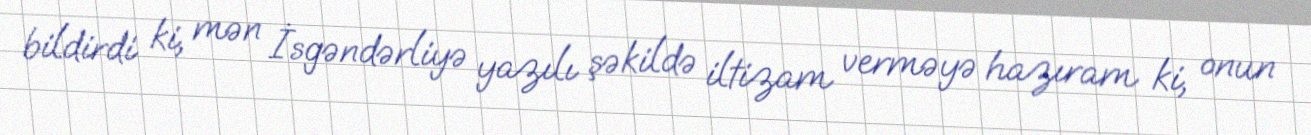
bildirdi ki, mən İsgəndərliyə yazılı şəkildə iltizam verməyə hazıram ki, onun